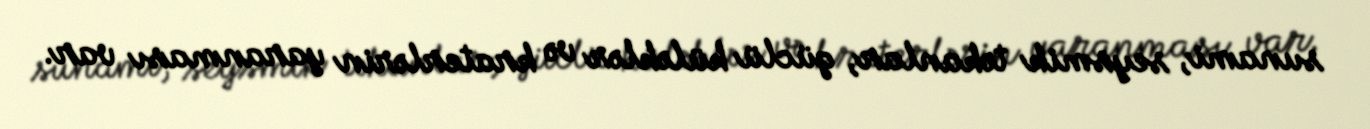
sunami, seysmik təkanlar, güclü küləklər və kraterlərin yaranması var.